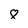
Character: 8